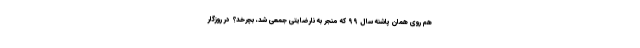
هم روی همان پاشنه سال ۹۹ که منجر به نارضایتی جمعی شد، بچرخد؟ در روزگار